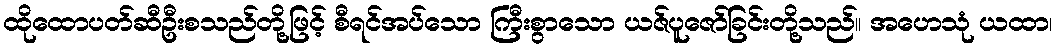
ထိုထောပတ်ဆီဦးစသည်တို့ဖြင့် စီရင်အပ်သော ကြီးစွာသော ယဇ်ပူဇော်ခြင်းတို့သည်။ အဟေသုံ ယထာ၊